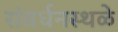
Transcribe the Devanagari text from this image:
संवर्धनस्थळे